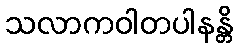
သလာကဝါတပါနန္တိ